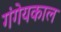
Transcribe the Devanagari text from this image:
गंगेयकाल